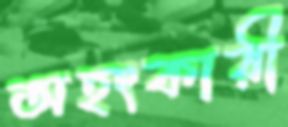
অহংকারী